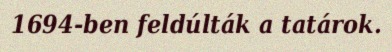
1694-ben feldúlták a tatárok.